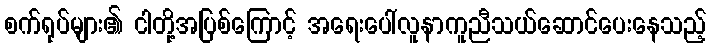
စက်ရုပ်များ၏ ငါတို့အပြစ်ကြောင့် အရေးပေါ်လူနာကူညီသယ်ဆောင်ပေးနေသည့်